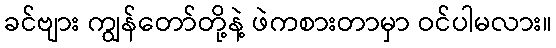
ခင်ဗျား ကျွန်တော်တို့နဲ့ ဖဲကစားတာမှာ ဝင်ပါမလား။